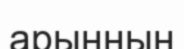
арынның